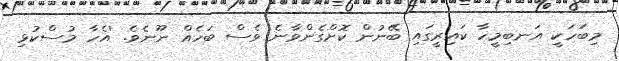
މިބަހަކީ އަނބިމީހާ ކައިރީގައި ބޭނުން ކޮށްގެންވާނެ ވެސް ބަހެއް ނޫނެވެ. 'އެހާ މުސްކުޅި